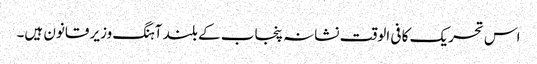
اس تحریک کا فی الوقت نشانہ پنجاب کے بلند آہنگ وزیر قانون ہیں۔